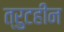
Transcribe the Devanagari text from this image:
त्रुटहीन